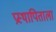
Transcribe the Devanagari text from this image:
प्रस्थापिताला